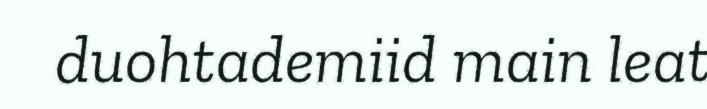
duohtademiid main leat